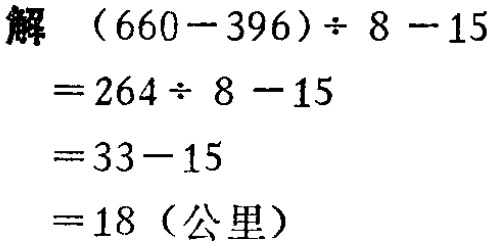
解 \((660 - 396)\div 8 - 15\)

\(= 264\div 8 - 15\)

\(= 33 - 15\)

\(= 18\)（公里）